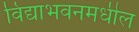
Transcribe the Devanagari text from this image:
विद्याभवनमधील